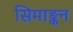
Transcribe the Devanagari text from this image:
सिमाङ्कन